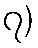
၇)